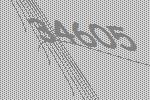
34605